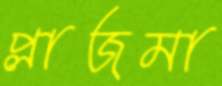
প্লাজমা